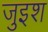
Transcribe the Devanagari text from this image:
जुइश